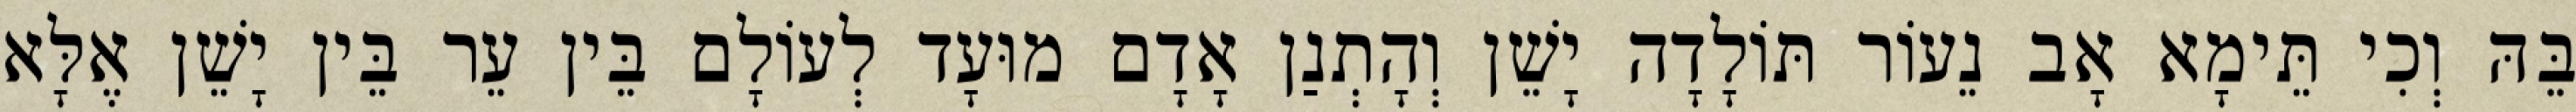
בֵּהּ וְכִי תֵּימָא אָב נֵעוֹר תּוֹלָדָה יָשֵׁן וְהָתְנַן אָדָם מוּעָד לְעוֹלָם בֵּין עֵר בֵּין יָשֵׁן אֶלָּא